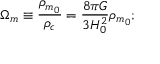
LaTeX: \Omega _ { m } \equiv { \frac { \rho _ { m _ { 0 } } } { \rho _ { c } } } = { \frac { 8 \pi G } { 3 H _ { 0 } ^ { 2 } } } \rho _ { m _ { 0 } } ;